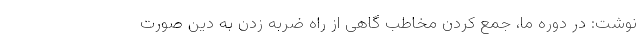
نوشت: در دوره ما، جمع کردن مخاطب گاهی از راه ضربه زدن به دین صورت